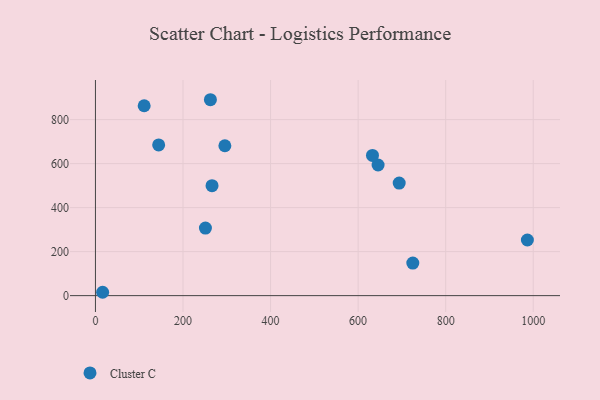
{"axis": {"x": "Price", "y": "Profit"}, "legend": ["Cluster C"], "data": [{"x": "295.6", "y": 681.3, "type": "Cluster C"}, {"x": "16.4", "y": 15.3, "type": "Cluster C"}, {"x": "111.3", "y": 863.1, "type": "Cluster C"}, {"x": "251.2", "y": 307.2, "type": "Cluster C"}, {"x": "645.6", "y": 593.8, "type": "Cluster C"}, {"x": "144.4", "y": 685.2, "type": "Cluster C"}, {"x": "262.6", "y": 890.5, "type": "Cluster C"}, {"x": "724.9", "y": 147.8, "type": "Cluster C"}, {"x": "266.3", "y": 499.8, "type": "Cluster C"}, {"x": "693.8", "y": 511.5, "type": "Cluster C"}, {"x": "632.8", "y": 637.3, "type": "Cluster C"}, {"x": "986.6", "y": 253.0, "type": "Cluster C"}]}